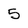
Character: 5